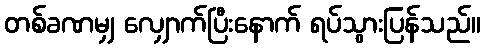
တစ်ခဏမျှ လျှောက်ပြီးနောက် ရပ်သွားပြန်သည်။